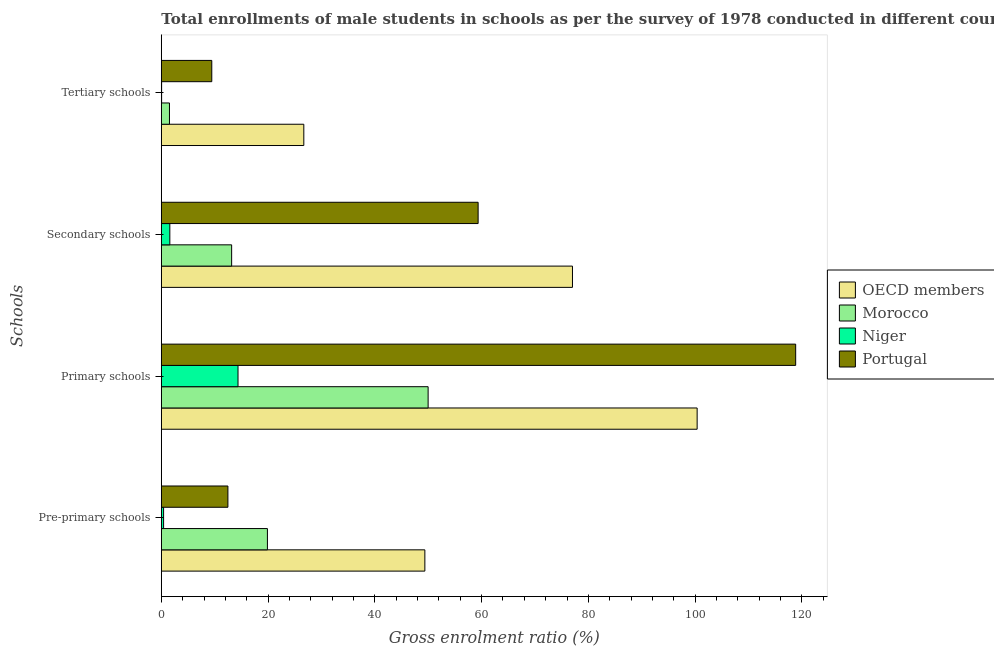
| Schools | OECD members | Morocco | Niger | Portugal |
 | --- | --- | --- | --- | --- |
 | Pre-primary schools | 49.4 | 19.9 | 0.425 | 12.5 |
 | Primary schools | 100 | 50 | 14.4 | 119 |
 | Secondary schools | 77 | 13.2 | 1.59 | 59.3 |
 | Tertiary schools | 26.7 | 1.53 | 0.0548 | 9.46 |